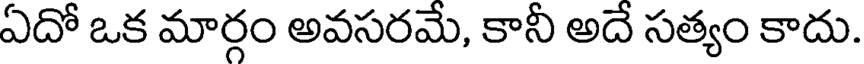
ఏదో ఒక మార్గం అవసరమే, కానీ అదే సత్యం కాదు.